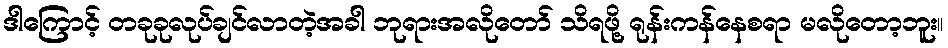
ဒါကြောင့် တခုခုလုပ်ချင်လာတဲ့အခါ ဘုရားအလိုတော် သိရဖို့ ရုန်းကန်နေစရာ မလိုတော့ဘူး။